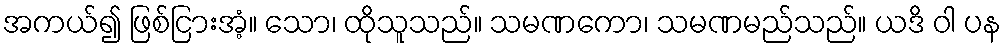
အကယ်၍ ဖြစ်ငြားအံ့။ သော၊ ထိုသူသည်။ သမဏကော၊ သမဏမည်သည်။ ယဒိ ဝါ ပန